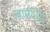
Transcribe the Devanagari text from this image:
जामदग्नि